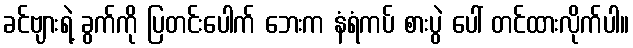
ခင်ဗျားရဲ့ ခွက်ကို ပြတင်းပေါက် ဘေးက နံရံကပ် စားပွဲ ပေါ် တင်ထားလိုက်ပါ။